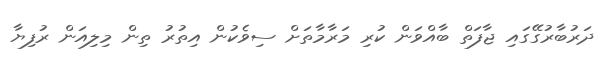
ދަރުބާރުގޭގައި ޖާފަތް ބާއްވަން ކުރި މަރާމާތަށް ސިވެކުން އިތުރު ތިން މިލިއަން ރުފިޔާ